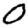
Digit: 0